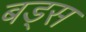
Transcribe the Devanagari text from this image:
बड्स